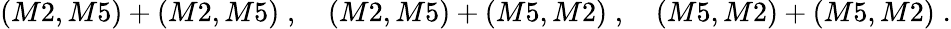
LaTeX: (M2,M5)+(M2,M5)\; ,\quad(M2,M5)+(M5,M2)\; ,\quad(M5,M2)+(M5,M2)\; .